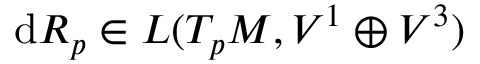
\mathrm { d } R _ { p } \in L ( T _ { p } M , V ^ { 1 } \oplus V ^ { 3 } )